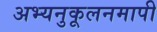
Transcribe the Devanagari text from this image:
अभ्यनुकूलनमापी